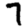
Digit: 7